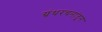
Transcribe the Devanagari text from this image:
ग्रंथरचनांतून